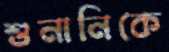
শুনানিকে